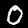
Digit: 0